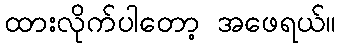
ထားလိုက်ပါတော့ အဖေရယ်။